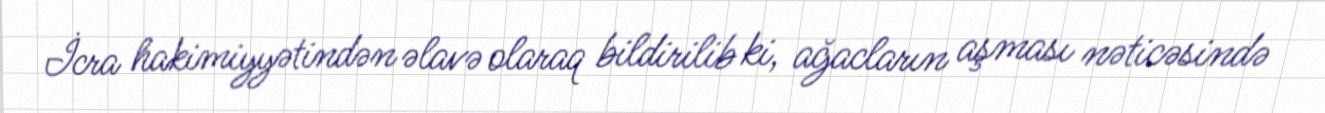
İcra hakimiyyətindən əlavə olaraq bildirilib ki, ağacların aşması nəticəsində